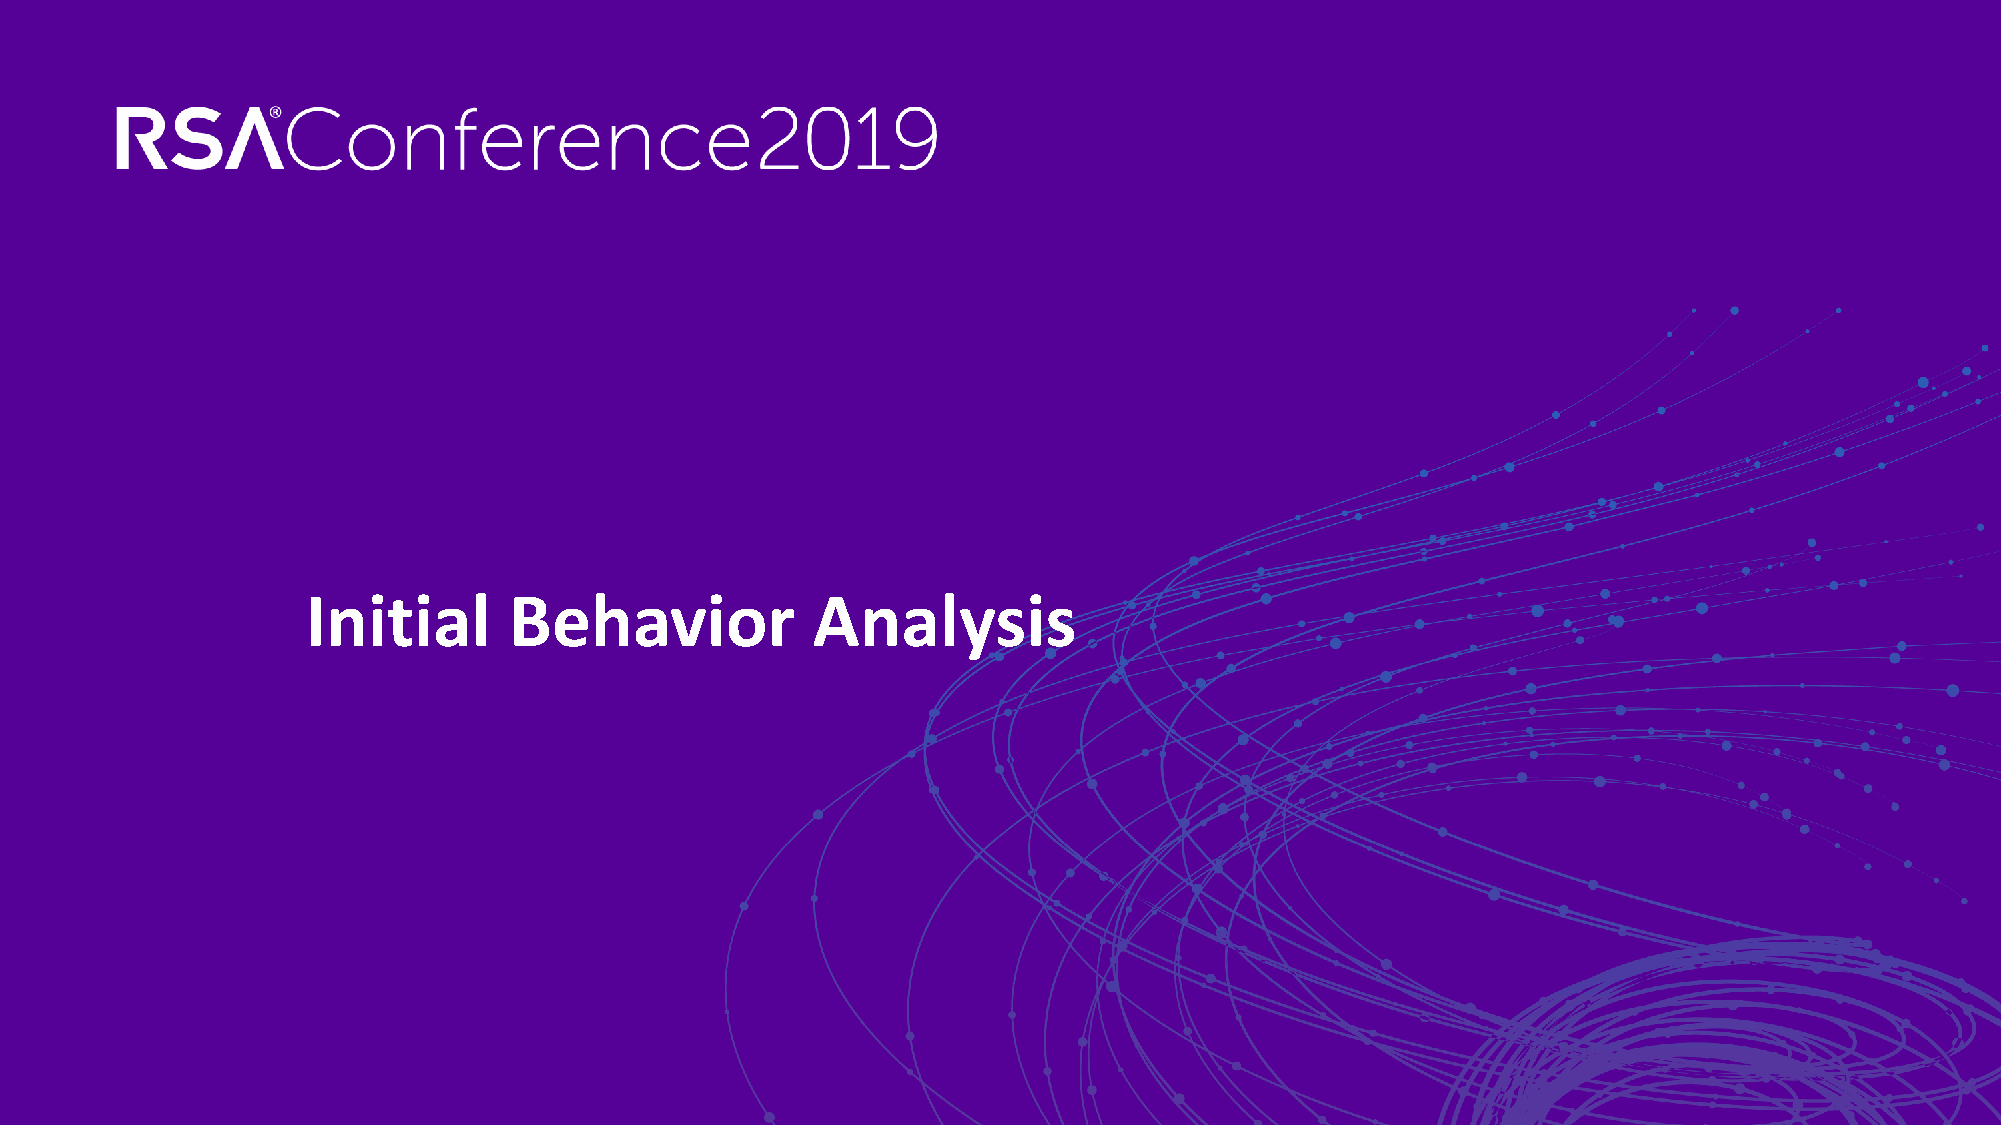
Initial       Behavior            Analysis